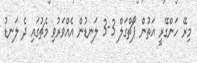
މިރޭ ހަންގޭރީ އަތުން ޕޯޗްގަލް 3-3 ލަނޑުން އެއްވަރުވި މެޗުގައި ދެ ލަނޑު